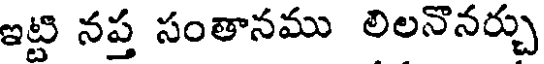
ఇట్టి నప్త సంతానము లిలనొనర్చు